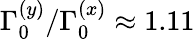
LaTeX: \Gamma_{0}^{(y)}/\Gamma_{0}^{(x)}\approx 1.11